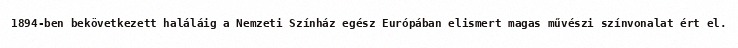
1894-ben bekövetkezett haláláig a Nemzeti Színház egész Európában elismert magas művészi színvonalat ért el.